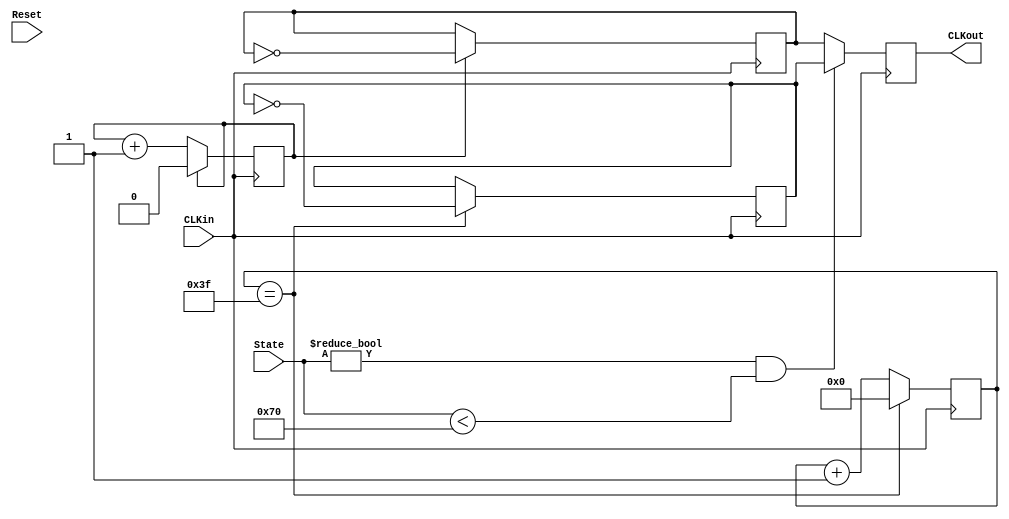
module CLK_Divider(
    input              CLKin,
    input              Reset,
    input       [7:0]  State,
    output reg         CLKout
);

reg         CLKfast, CLKslow;
reg         COUNTERfast;
reg  [5:0]  COUNTERslow;

initial
begin
    CLKfast     <= 1'b0;
    CLKslow     <= 1'b0;
    COUNTERfast <= 1'b0;
    COUNTERslow <= 6'b0;
end

always @(posedge CLKin)
begin
    CLKout  <= (State != 8'h00 && State < 8'h70) ? CLKslow : CLKfast;
end

always @(posedge CLKin)
begin
    if (COUNTERslow == 6'b111111)        //NOTE: 781KHz /2
        begin
            CLKslow     <= ~CLKslow;
            COUNTERslow <= 6'b000000;
        end
    else    COUNTERslow <= COUNTERslow + 1'b1;

    if (COUNTERfast == 1'b1)            //NOTE: 25MHz
        begin
            CLKfast     <= ~CLKfast;
            COUNTERfast <= 1'b0;
        end
    else    COUNTERfast <= COUNTERfast + 1'b1;
end

endmodule